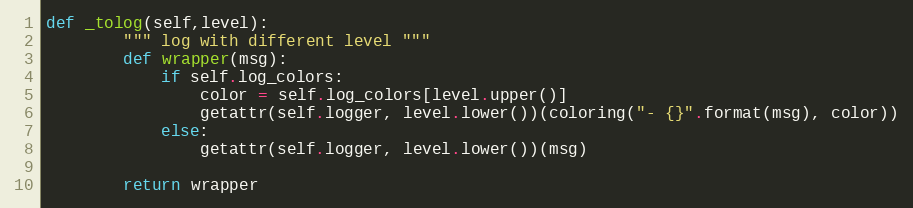
Language: Python
def _tolog(self,level):
        """ log with different level """
        def wrapper(msg):
            if self.log_colors:
                color = self.log_colors[level.upper()]
                getattr(self.logger, level.lower())(coloring("- {}".format(msg), color))
            else:
                getattr(self.logger, level.lower())(msg)

        return wrapper